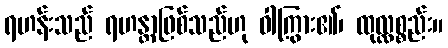
ရဟန်းသည် ရဟန္တာဖြစ်သည်ဟု ဝါကြွား၏၊ ထုလ္လစ္စည်း။